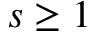
s \geq 1